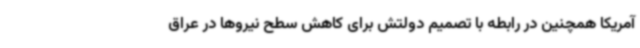
آمریکا همچنین در رابطه با تصمیم دولتش برای کاهش سطح نیروها در عراق